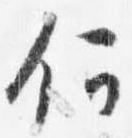
何